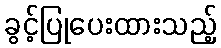
ခွင့်ပြုပေးထားသည့်